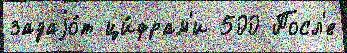
задаjо́т ци́фрам'и 500 Посл'е